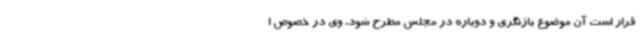
قرار است آن موضوع بازنگری و دوباره در مجلس مطرح شود. وی در خصوص ا